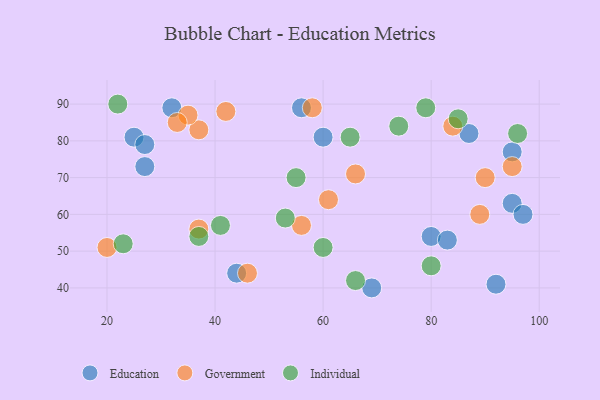
{"axis": {"x": "GDP", "y": "Life Expectancy"}, "legend": ["Education", "Government", "Individual"], "data": [{"x": "80", "y": 54, "type": "Education"}, {"x": "83", "y": 53, "type": "Education"}, {"x": "69", "y": 40, "type": "Education"}, {"x": "87", "y": 82, "type": "Education"}, {"x": "60", "y": 81, "type": "Education"}, {"x": "25", "y": 81, "type": "Education"}, {"x": "44", "y": 44, "type": "Education"}, {"x": "95", "y": 77, "type": "Education"}, {"x": "92", "y": 41, "type": "Education"}, {"x": "95", "y": 63, "type": "Education"}, {"x": "56", "y": 89, "type": "Education"}, {"x": "27", "y": 73, "type": "Education"}, {"x": "27", "y": 79, "type": "Education"}, {"x": "97", "y": 60, "type": "Education"}, {"x": "32", "y": 89, "type": "Education"}, {"x": "89", "y": 60, "type": "Government"}, {"x": "37", "y": 56, "type": "Government"}, {"x": "20", "y": 51, "type": "Government"}, {"x": "37", "y": 83, "type": "Government"}, {"x": "95", "y": 73, "type": "Government"}, {"x": "35", "y": 87, "type": "Government"}, {"x": "42", "y": 88, "type": "Government"}, {"x": "61", "y": 64, "type": "Government"}, {"x": "66", "y": 71, "type": "Government"}, {"x": "84", "y": 84, "type": "Government"}, {"x": "56", "y": 57, "type": "Government"}, {"x": "33", "y": 85, "type": "Government"}, {"x": "58", "y": 89, "type": "Government"}, {"x": "46", "y": 44, "type": "Government"}, {"x": "90", "y": 70, "type": "Government"}, {"x": "53", "y": 59, "type": "Individual"}, {"x": "22", "y": 90, "type": "Individual"}, {"x": "60", "y": 51, "type": "Individual"}, {"x": "96", "y": 82, "type": "Individual"}, {"x": "79", "y": 89, "type": "Individual"}, {"x": "41", "y": 57, "type": "Individual"}, {"x": "85", "y": 86, "type": "Individual"}, {"x": "74", "y": 84, "type": "Individual"}, {"x": "80", "y": 46, "type": "Individual"}, {"x": "65", "y": 81, "type": "Individual"}, {"x": "23", "y": 52, "type": "Individual"}, {"x": "37", "y": 54, "type": "Individual"}, {"x": "66", "y": 42, "type": "Individual"}, {"x": "55", "y": 70, "type": "Individual"}]}